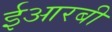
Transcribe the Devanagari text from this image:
ईआरबी